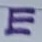
Text: E